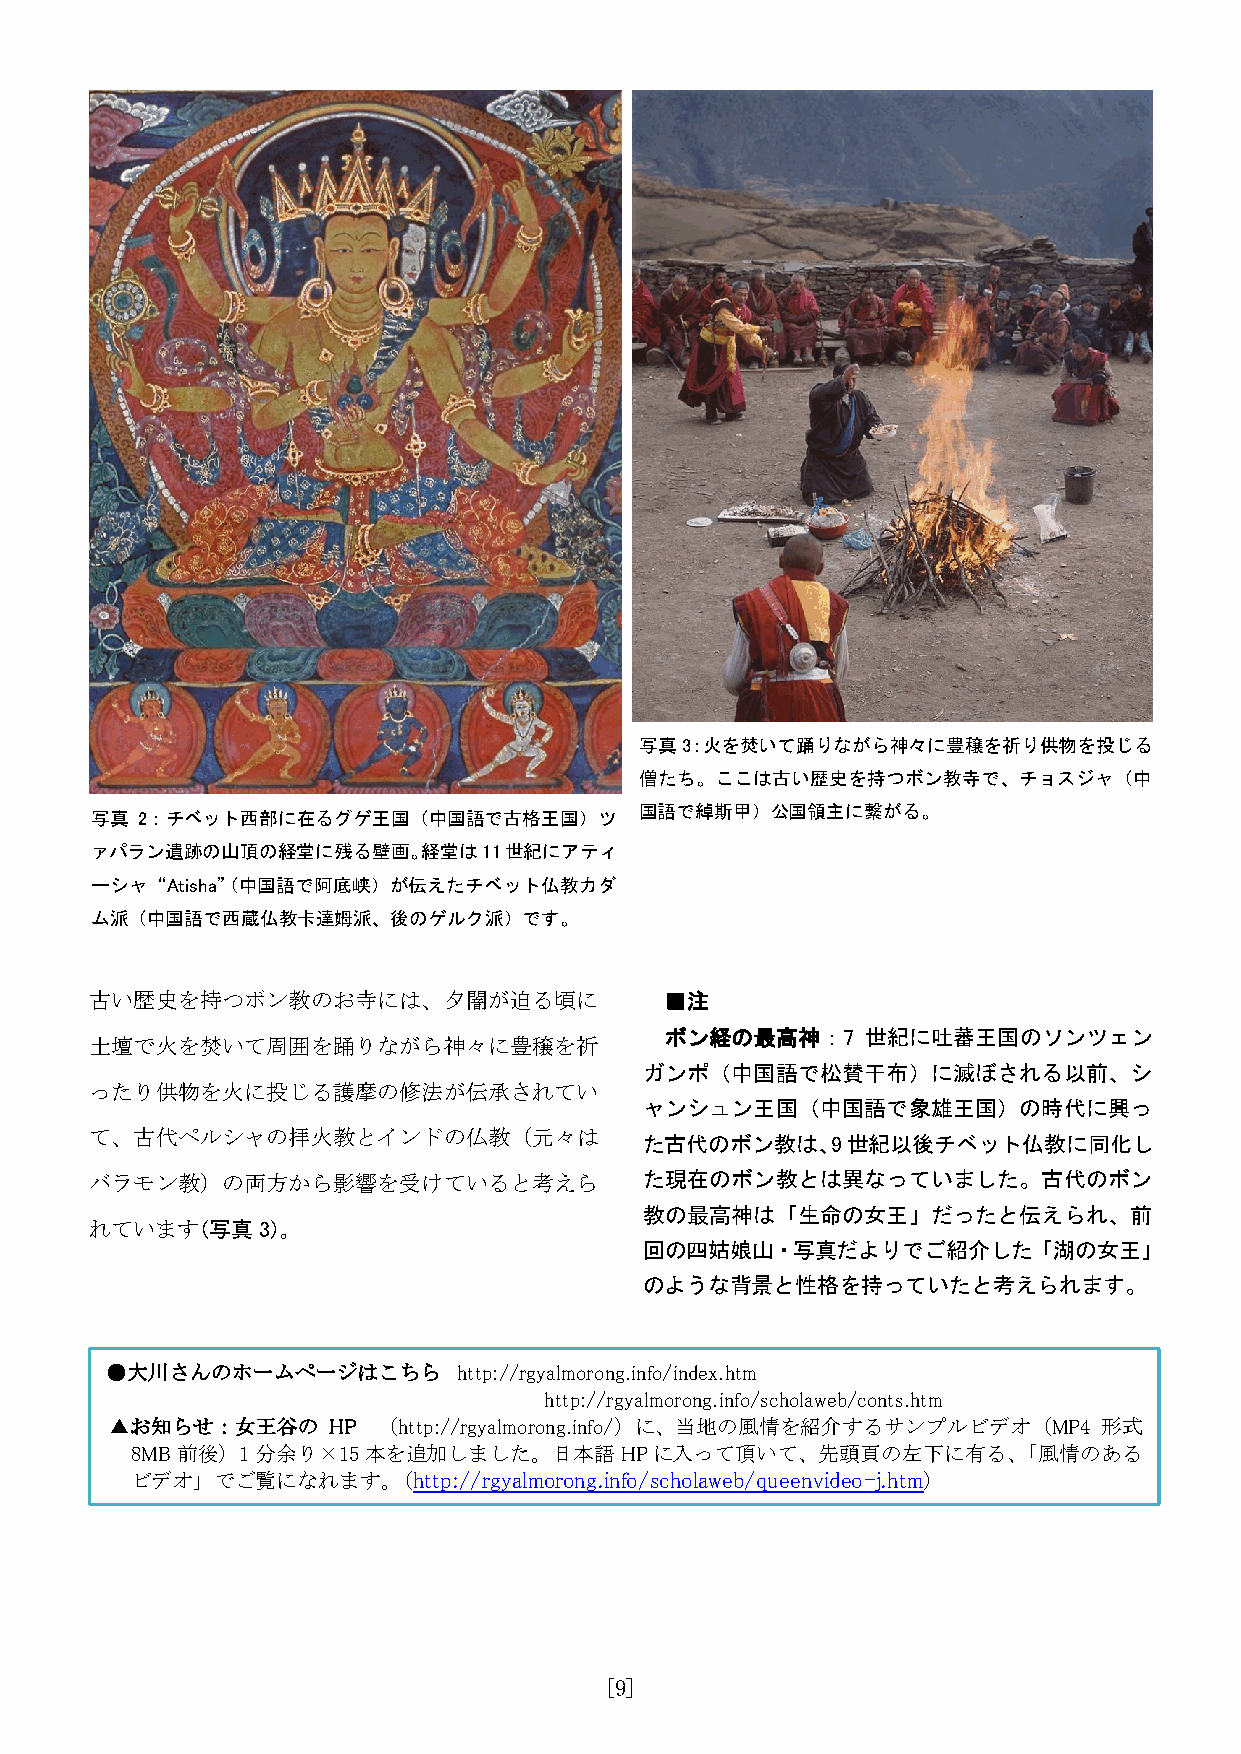
写真3：火を焚いて踊りながら神々に豊穣を祈り供物を投じる
 僧たち。ここは古い歴史を持つボン教寺で、チョスジャ（中
 国語で綽斯甲）公国領主に繋がる。
 写真 2：チベット西部に在るグゲ王国（中国語で古格王国）ツ
 ァパラン遺跡の山頂の経堂に残る壁画。経堂は11世紀にアティ
 ーシャ“Atisha”（中国語で阿底峡）が伝えたチベット仏教カダ
 ム派（中国語で西蔵仏教卡達姆派、後のゲルク派）です。
 古い歴史を持つボン教のお寺には、夕闇が迫る頃に               ■注
 ボン経の最高神：7    世紀に吐蕃王国のソンツェン
 土壇で火を焚いて周囲を踊りながら神々に豊穣を祈
 ガンポ（中国語で松賛干布）に滅ぼされる以前、シ
 ったり供物を火に投じる護摩の修法が伝承されてい
 ャンシュン王国（中国語で象雄王国）の時代に興っ
 て、古代ペルシャの拝火教とインドの仏教（元々は              た古代のボン教は、9世紀以後チベット仏教に同化し
 バラモン教）の両方から影響を受けていると考えら              た現在のボン教とは異なっていました。古代のボン
 教の最高神は「生命の女王」だったと伝えられ、前
 れています（写真3）。
 回の四姑娘山・写真だよりでご紹介した「湖の女王」
 のような背景と性格を持っていたと考えられます。
 ●大川さんのホームページはこちら       http://rgyalmorong.info/index.htm
 http://rgyalmorong.info/scholaweb/conts.htm
 ▲お知らせ：女王谷の     HP （http://rgyalmorong.info/）に、当地の風情を紹介するサンプルビデオ（MP4 形式
 8MB前後）1分余り×15本を追加しました。日本語HPに入って頂いて、先頭頁の左下に有る、「風情のある
 ビデオ」でご覧になれます。（http://rgyalmorong.info/scholaweb/queenvideo-j.htm）
 [9]